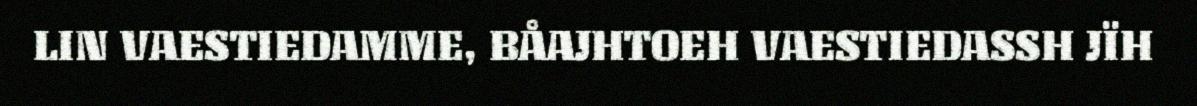
LIN VAESTIEDAMME, BÅAJHTOEH VAESTIEDASSH JÏH